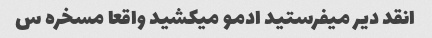
انقد دیر میفرستید ادمو میکشید واقعا مسخره س